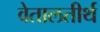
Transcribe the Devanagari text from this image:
वेतालतीर्थ